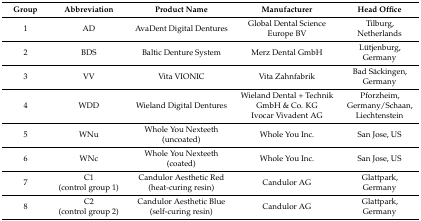
<table><thead><tr><td><b>Group</b></td><td><b>Abbreviation</b></td><td><b>Product Name</b></td><td><b>Manufacturer</b></td><td><b>Head Office</b></td></tr></thead><tbody><tr><td>1</td><td>AD</td><td>AvaDent Digital Dentures</td><td>Global Dental Science Europe BV</td><td>Tilburg, Netherlands</td></tr><tr><td>2</td><td>BDS</td><td>Baltic Denture System</td><td>Merz Dental GmbH</td><td>Lütjenburg, Germany</td></tr><tr><td>3</td><td>VV</td><td>Vita VIONIC</td><td>Vita Zahnfabrik</td><td>Bad Säckingen, Germany</td></tr><tr><td>4</td><td>WDD</td><td>Wieland Digital Dentures</td><td>Wieland Dental + Technik GmbH &amp; Co. KGIvocar Vivadent AG</td><td>Pforzheim, Germany/Schaan, Liechtenstein</td></tr><tr><td>5</td><td>WNu</td><td>Whole You Nexteeth (uncoated)</td><td>Whole You Inc.</td><td>San Jose, US</td></tr><tr><td>6</td><td>WNc</td><td>Whole You Nexteeth (coated)</td><td>Whole You Inc.</td><td>San Jose, US</td></tr><tr><td>7</td><td>C1(control group 1)</td><td>Candulor Aesthetic Red(heat-curing resin)</td><td>Candulor AG</td><td>Glattpark, Germany</td></tr><tr><td>8</td><td>C2(control group 2)</td><td>Candulor Aesthetic Blue(self-curing resin)</td><td>Candulor AG</td><td>Glattpark, Germany</td></tr></tbody></table>